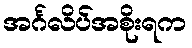
အင်္ဂလိပ်အစိုးရက